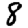
Digit: 8